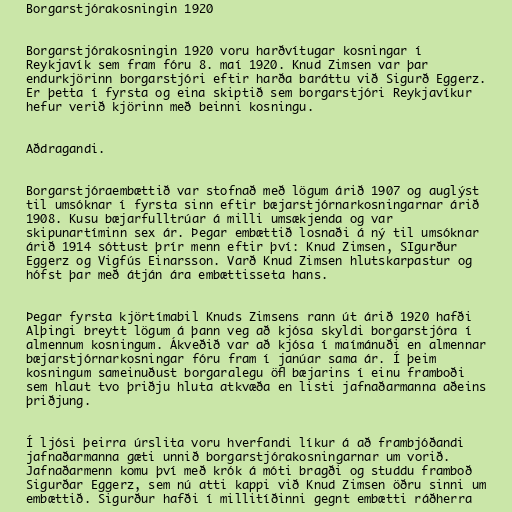
Borgarstjórakosningin 1920

Borgarstjórakosningin 1920 voru harðvítugar kosningar í
Reykjavík sem fram fóru 8. maí 1920. Knud Zimsen var þar
endurkjörinn borgarstjóri eftir harða baráttu við Sigurð Eggerz.
Er þetta í fyrsta og eina skiptið sem borgarstjóri Reykjavíkur
hefur verið kjörinn með beinni kosningu.

Aðdragandi.

Borgarstjóraembættið var stofnað með lögum árið 1907 og auglýst
til umsóknar í fyrsta sinn eftir bæjarstjórnarkosningarnar árið
1908. Kusu bæjarfulltrúar á milli umsækjenda og var
skipunartíminn sex ár. Þegar embættið losnaði á ný til umsóknar
árið 1914 sóttust þrír menn eftir því: Knud Zimsen, SIgurður
Eggerz og Vigfús Einarsson. Varð Knud Zimsen hlutskarpastur og
hófst þar með átján ára embættisseta hans.

Þegar fyrsta kjörtímabil Knuds Zimsens rann út árið 1920 hafði
Alþingi breytt lögum á þann veg að kjósa skyldi borgarstjóra í
almennum kosningum. Ákveðið var að kjósa í maímánuði en almennar
bæjarstjórnarkosningar fóru fram í janúar sama ár. Í þeim
kosningum sameinuðust borgaralegu öfl bæjarins í einu framboði
sem hlaut tvo þriðju hluta atkvæða en listi jafnaðarmanna aðeins
þriðjung.

Í ljósi þeirra úrslita voru hverfandi líkur á að frambjóðandi
jafnaðarmanna gæti unnið borgarstjórakosningarnar um vorið.
Jafnaðarmenn komu því með krók á móti bragði og studdu framboð
Sigurðar Eggerz, sem nú atti kappi við Knud Zimsen öðru sinni um
embættið. Sigurður hafði í millitíðinni gegnt embætti ráðherra